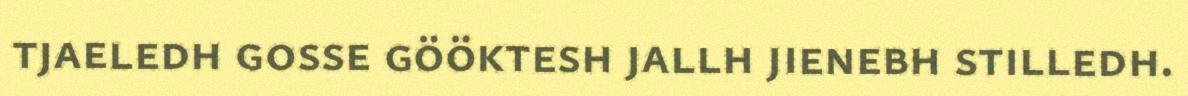
tjaeledh gosse gööktesh jallh jienebh stilledh.